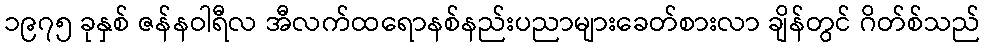
၁၉၇၅ ခုနှစ် ဇန်နဝါရီလ အီလက်ထရောနစ်နည်းပညာများခေတ်စားလာ ချိန်တွင် ဂိတ်စ်သည်